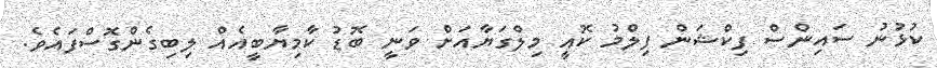
ކުޅުނު ސައިންސް ފިކްޝަން ފިލްމު ކޮއީ މިލްގަޔާއަށް ވަނީ ބޮޑު ކާމިޔާބީއެއް ލިބިގެންގޮސްފައެވެ.